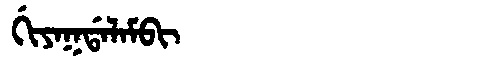
Manchu: ᡤᡳᠶᠠᡴᡩᠠᠯᠠᠮᠪᡳ
Romanization: GIYAKDALAMBI